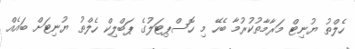
ހެލްތު ޔުނިޓް މަރާމާތުކުރުމާ ބެހޭ މި ހޮސްޕިޓަލުގެ ޕަބްލިކް ހެލްތު ޔުނިޓަށް ބައެއް